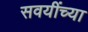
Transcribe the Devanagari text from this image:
सवयींच्या